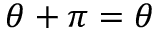
\theta + \pi = \theta